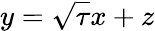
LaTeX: y=\sqrt{\tau}x+z